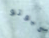
كيوتو